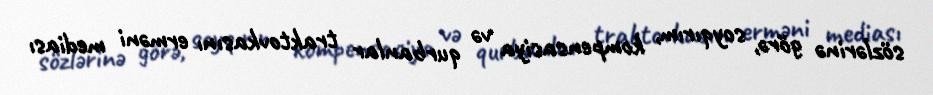
sözlərinə görə, soyqırım, kompensasiya və qurbanlar traktovkasını erməni mediası